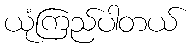
ယုံကြည်ပါတယ်